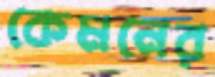
কেমনের